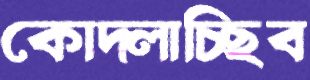
কোদ্‌লাচ্ছিব